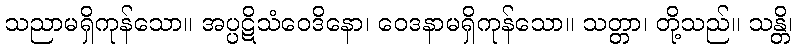
သညာမရှိကုန်သော။ အပ္ပဋိသံဝေဒိနော၊ ဝေဒနာမရှိကုန်သော။ သတ္တာ၊ တို့သည်။ သန္တိ၊